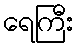
ရေကြီး